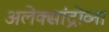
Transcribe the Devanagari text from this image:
अलेक्सांद्रोव्ना